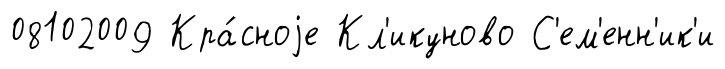
08102009 Кра́сноjе Кл'икуново С'ем'енн'ик'и